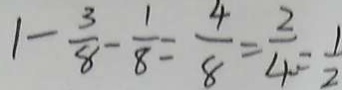
1 - \frac { 3 } { 8 } - \frac { 1 } { 8 } = \frac { 4 } { 8 } = \frac { 2 } { 4 } = \frac { 1 } { 2 }